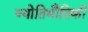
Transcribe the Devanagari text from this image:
ज्योतिभौतिकी